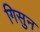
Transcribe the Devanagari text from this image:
गिसुन